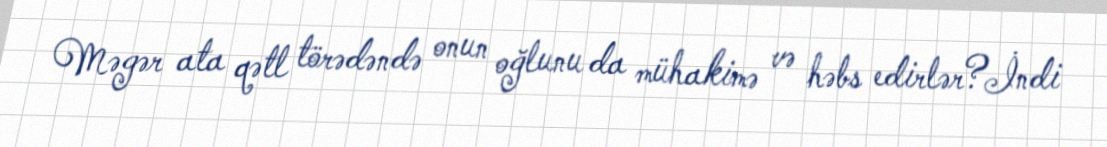
Məgər ata qətl törədəndə onun oğlunu da mühakimə və həbs edirlər?İndi